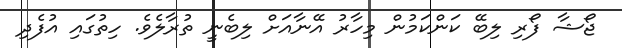
ޖޯޝާ ފޯރި ލިބޭ ކަންކަމުން މިހާރު އޭނާއަށް ލިބެނީ ތުރާލެވެ. ހިތުގައި އުފެދި